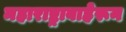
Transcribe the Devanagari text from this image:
महाराष्ट्राबाहेरून